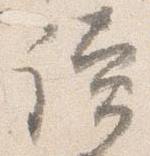
読